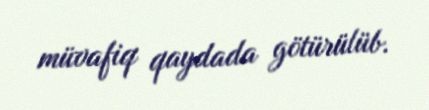
müvafiq qaydada götürülüb.